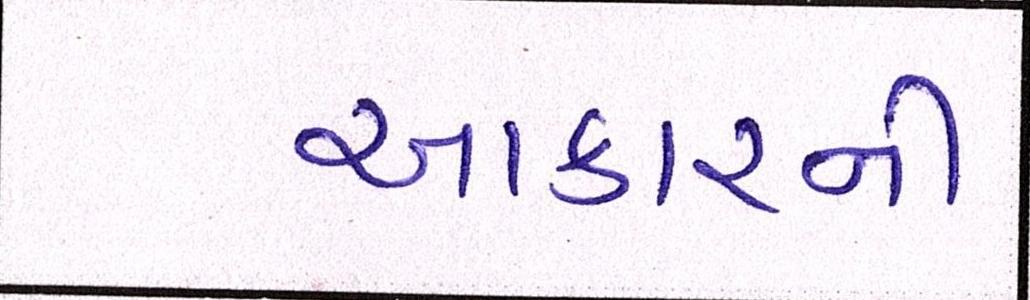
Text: આકારની